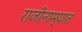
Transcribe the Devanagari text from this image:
राजीनाम्यात